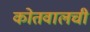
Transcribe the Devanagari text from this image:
कोतवालची